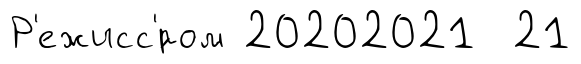
Р'ежисс'́ром 20202021 21